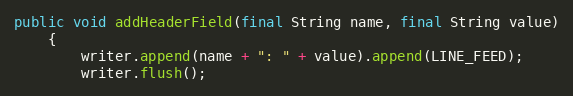
Language: Java
public void addHeaderField(final String name, final String value)
    {
        writer.append(name + ": " + value).append(LINE_FEED);
        writer.flush();